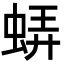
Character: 𧋼